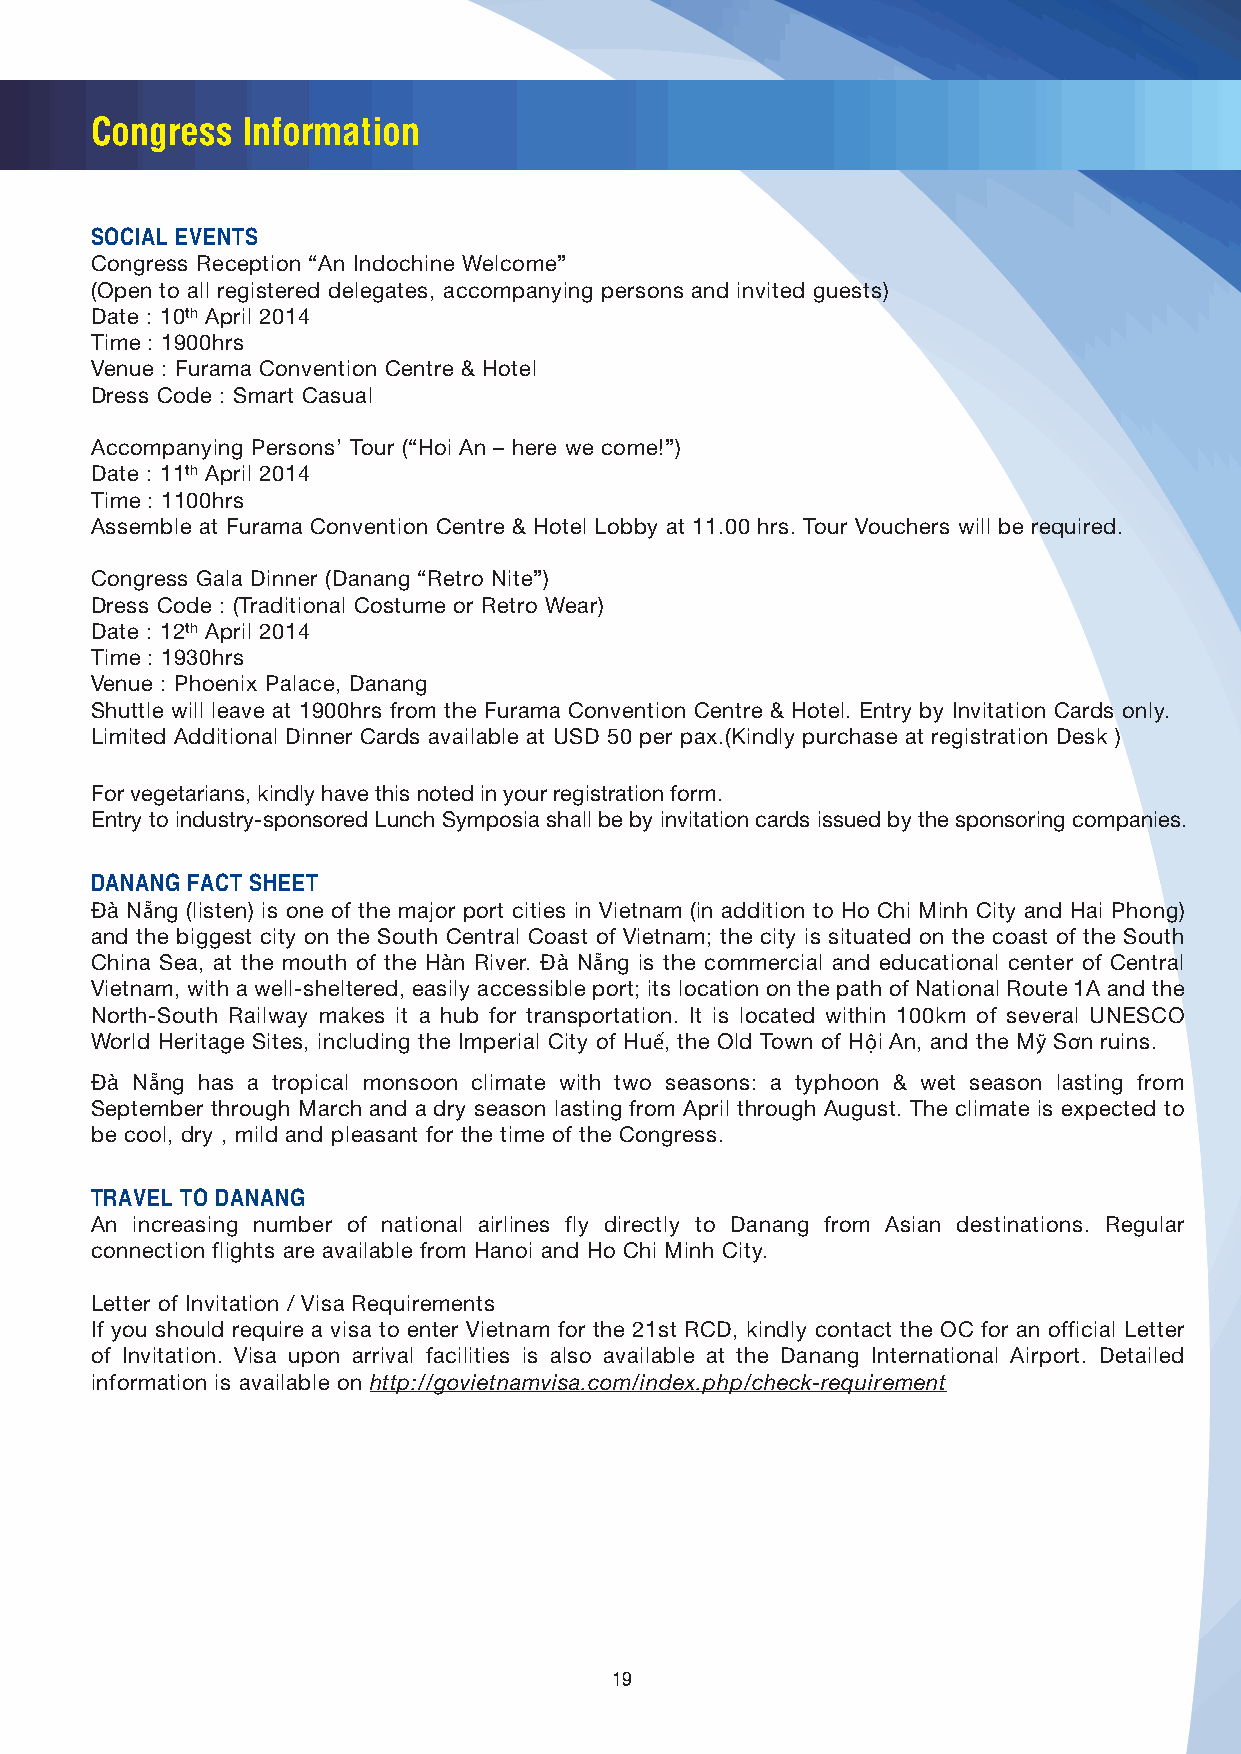
Congress  Information
 SOCIAL EVENTS
 Congress Reception “An Indochine Welcome”
 (Open to all registered delegates, accompanying persons and invited guests)
 Date : 10th April 2014
 Time : 1900hrs
 Venue : Furama Convention Centre & Hotel
 Dress Code : Smart Casual
 Accompanying Persons’ Tour (“Hoi An – here we come!”)
 Date : 11th April 2014
 Time : 1100hrs
 Assemble at Furama Convention Centre & Hotel Lobby at 11.00 hrs. Tour Vouchers will be required.
 Congress Gala Dinner (Danang “Retro Nite”)
 Dress Code : (Traditional Costume or Retro Wear)
 Date : 12th April 2014
 Time : 1930hrs
 Venue : Phoenix Palace, Danang
 Shuttle will leave at 1900hrs from the Furama Convention Centre & Hotel. Entry by Invitation Cards only.
 Limited Additional Dinner Cards available at USD 50 per pax.(Kindly purchase at registration Desk )
 For vegetarians, kindly have this noted in your registration form.
 Entry to industry-sponsored Lunch Symposia shall be by invitation cards issued by the sponsoring companies.
 DANANG FACT SHEET
 Ðà Nẵng (listen) is one of the major port cities in Vietnam (in addition to Ho Chi Minh City and Hai Phong)
 and the biggest city on the South Central Coast of Vietnam; the city is situated on the coast of the South
 China Sea, at the mouth of the Hàn River. Ðà Nẵng is the commercial and educational center of Central
 Vietnam, with a well-sheltered, easily accessible port; its location on the path of National Route 1A and the
 North-South Railway makes it a hub for transportation. It is located within 100km of several UNESCO
 World Heritage Sites, including the Imperial City of Huế, the Old Town of Hội An, and the Mỹ Sơn ruins.
 Ðà Nẵng has a tropical monsoon climate with two seasons: a typhoon & wet season lasting from
 September through March and a dry season lasting from April through August. The climate is expected to
 be cool, dry , mild and pleasant for the time of the Congress.
 TRAVEL TO DANANG
 An increasing number of national airlines fly directly to Danang from Asian destinations. Regular
 connection flights are available from Hanoi and Ho Chi Minh City.
 Letter of Invitation / Visa Requirements
 If you should require a visa to enter Vietnam for the 21st RCD, kindly contact the OC for an official Letter
 of Invitation. Visa upon arrival facilities is also available at the Danang International Airport. Detailed
 information is available on http://govietnamvisa.com/index.php/check-requirement
 19